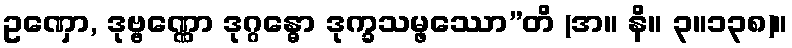
ဥဏှော, ဒုဗ္ဗဏ္ဏော ဒုဂ္ဂန္ဓော ဒုက္ခသမ္ဖဿော”တိ (အ။ နိ။ ၃။၁၃၈)။